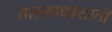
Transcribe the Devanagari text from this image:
तालवाद्यासाठी